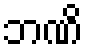
ဘဏိ